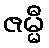
ဇမ္မီ